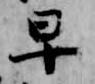
早